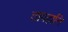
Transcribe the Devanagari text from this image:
तापहानि